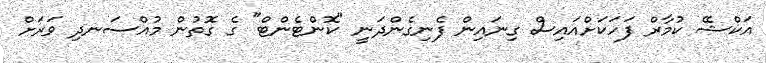
އަކްޝޭ ކުމާރް ފަހަކަށްއައިސް ގިނައިން ފެނިގެންދަނީ "ކޮންޓެންޓް" ގެ ގޮތުން މުއްސަނދި ވަރަށް